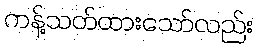
ကန့်သတ်ထားသော်လည်း